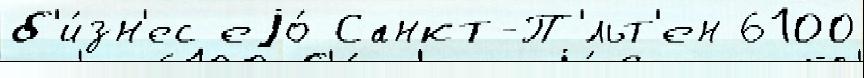
б'и́зн'ес еjо́ Санкт-П'́льт'ен 6100